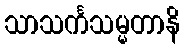
သာသင်္ကသမ္မတာနိ